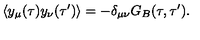
\langle y _ { \mu } ( \tau ) y _ { \nu } ( \tau ^ { \prime } ) \rangle = - \delta _ { \mu \nu } G _ { B } ( \tau , \tau ^ { \prime } ) .